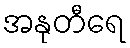
အနုတီရေ